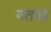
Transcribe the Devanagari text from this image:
नताळ